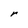
Character: r